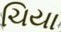
ચિયા